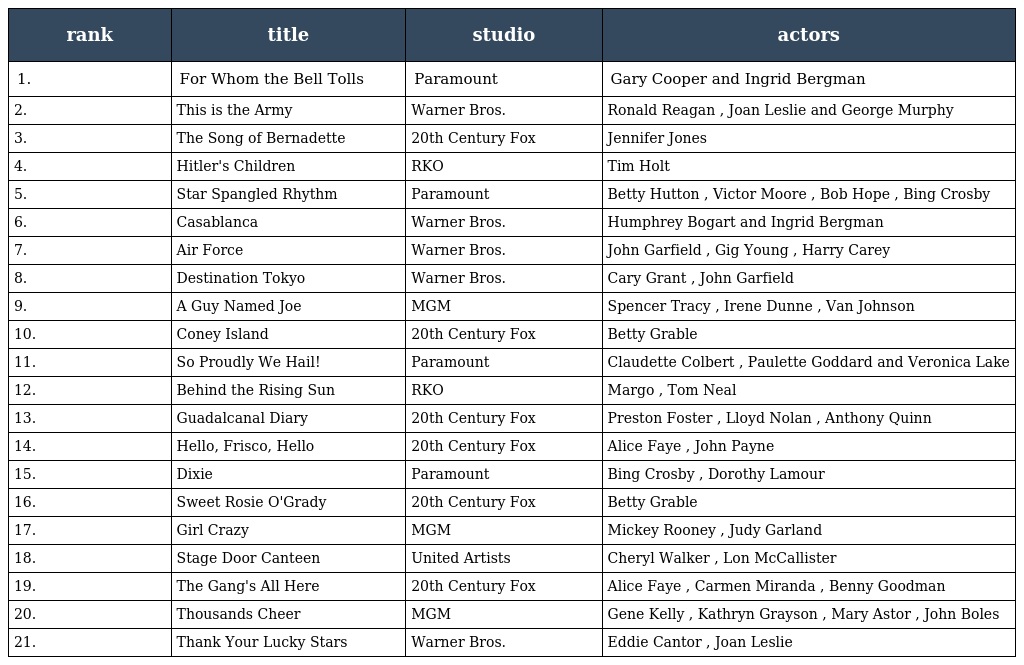
| rank | title | studio | actors |
 | --- | --- | --- | --- |
 | 1. | For Whom the Bell Tolls | Paramount | Gary Cooper and Ingrid Bergman |
 | 2. | This is the Army | Warner Bros. | Ronald Reagan , Joan Leslie and George Murphy |
 | 3. | The Song of Bernadette | 20th Century Fox | Jennifer Jones |
 | 4. | Hitler's Children | RKO | Tim Holt |
 | 5. | Star Spangled Rhythm | Paramount | Betty Hutton , Victor Moore , Bob Hope , Bing Crosby |
 | 6. | Casablanca | Warner Bros. | Humphrey Bogart and Ingrid Bergman |
 | 7. | Air Force | Warner Bros. | John Garfield , Gig Young , Harry Carey |
 | 8. | Destination Tokyo | Warner Bros. | Cary Grant , John Garfield |
 | 9. | A Guy Named Joe | MGM | Spencer Tracy , Irene Dunne , Van Johnson |
 | 10. | Coney Island | 20th Century Fox | Betty Grable |
 | 11. | So Proudly We Hail! | Paramount | Claudette Colbert , Paulette Goddard and Veronica Lake |
 | 12. | Behind the Rising Sun | RKO | Margo , Tom Neal |
 | 13. | Guadalcanal Diary | 20th Century Fox | Preston Foster , Lloyd Nolan , Anthony Quinn |
 | 14. | Hello, Frisco, Hello | 20th Century Fox | Alice Faye , John Payne |
 | 15. | Dixie | Paramount | Bing Crosby , Dorothy Lamour |
 | 16. | Sweet Rosie O'Grady | 20th Century Fox | Betty Grable |
 | 17. | Girl Crazy | MGM | Mickey Rooney , Judy Garland |
 | 18. | Stage Door Canteen | United Artists | Cheryl Walker , Lon McCallister |
 | 19. | The Gang's All Here | 20th Century Fox | Alice Faye , Carmen Miranda , Benny Goodman |
 | 20. | Thousands Cheer | MGM | Gene Kelly , Kathryn Grayson , Mary Astor , John Boles |
 | 21. | Thank Your Lucky Stars | Warner Bros. | Eddie Cantor , Joan Leslie |